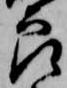
良